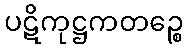
ပဋိကုဋ္ဌကတဉ္စေ